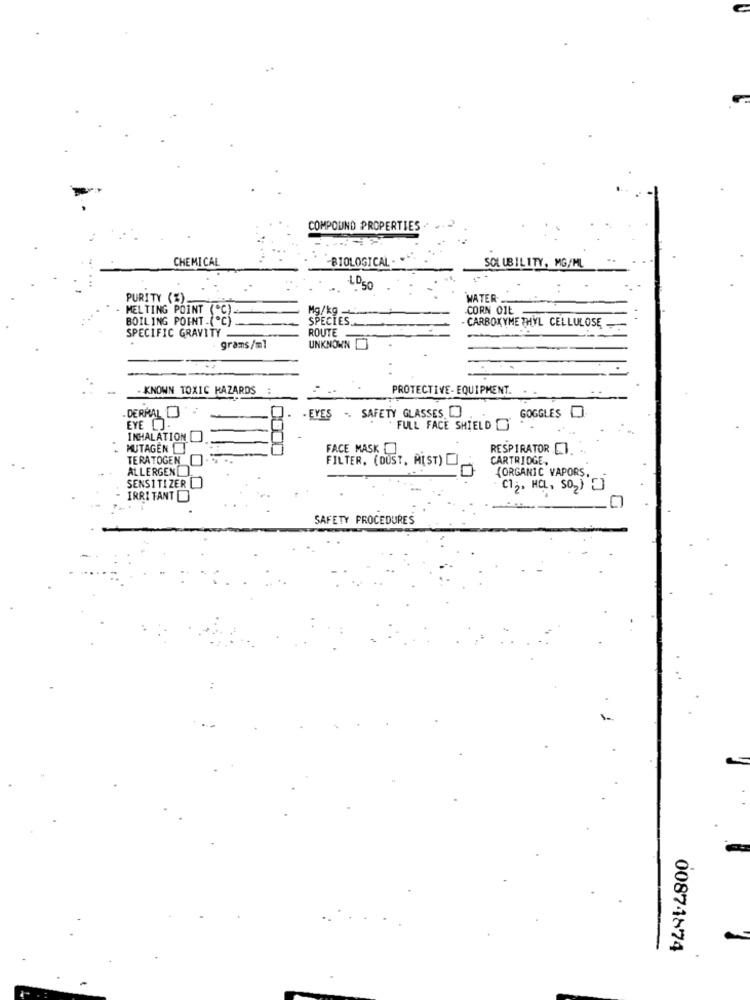
COMPOUND PROPERTIES
CHEMICAL
-BIOLOGICAL -
SOLUBILITY, MG/ML
PURITY (%).
WATER
MELTING POINT (*C)
Mg/kg -
CORN OIL
BOILING POINT.(.CS
SPECIES ..
-CARBOXYME THYL CELLULOSE
SPECIFIC GRAVITY
ROUTE
grams/ml
UNKNOWN
- KNOWN TOXIC HAZARDS
PROTECTIVE-EQUIPMENT.
. EYES - SAFETY GLASSES [
. DERMALO
GOGGLES
EYE []-
FULL FACE SHIELD O
INHALATION
MUTAGEN
FACE MASK
RESPIRATOR CI.
TERATOGEN
FILTER. (DUST, MIST) C
CARTRIDGE,
ALLERGEN
(ORGANIC VAPORS,
SENSITIZER
C12, HOL, SO2)
IRRI TANT
SAFETY PROCEDURES
00874874